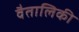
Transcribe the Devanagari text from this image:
वैतालिकी